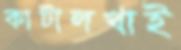
কাটালখাই